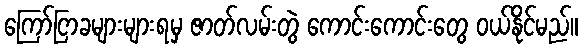
ကြော်ငြာခများများရမှ ဇာတ်လမ်းတွဲ ကောင်းကောင်းတွေ ဝယ်နိုင်မည်။